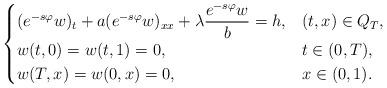
LaTeX: \begin{align*}\begin{cases}(e^{-s\varphi}w)_t + a(e^{-s\varphi}w)_{xx}+ \lambda \displaystyle\frac{e^{-s\varphi}w} {b} =h, & (t,x) \in Q_T,\\w(t,0)=w(t,1)=0, & t \in (0,T),\\ w(T,x)= w(0, x)= 0, & x \in(0,1).\end{cases}\end{align*}